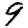
Digit: 9